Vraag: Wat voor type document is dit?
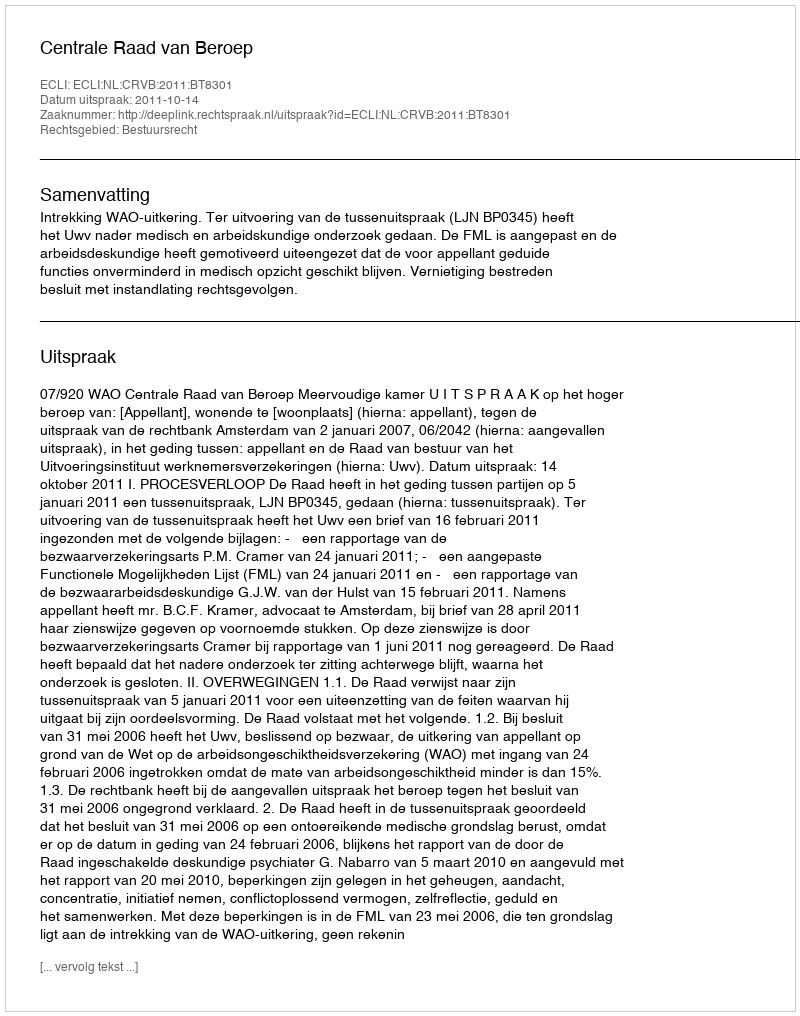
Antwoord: Uitspraak